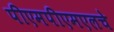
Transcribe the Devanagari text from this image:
पीएमपीएमएलचे